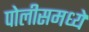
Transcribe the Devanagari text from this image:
पोलीसमध्ये